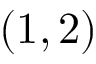
( 1 , 2 )